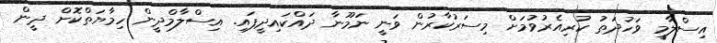
އިސްލާމީ ވަހުދަތު ކުރިއެރުވުމަށް މިސަރުކާރުން ވަނީ ނަމޫނާ ދައްކައިދީފައި. އިސްލާމްދީން ހިމާޔަތްކޮށް ދީން